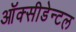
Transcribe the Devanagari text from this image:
ऑक्सीडेन्टल